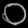
Digit: ၀